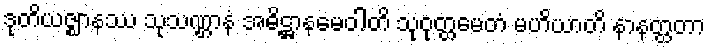
ဒုတိယဇ္ဈာနဿ သုသဏ္ဌာနံ အဓိဋ္ဌာနမေဝါတိ သုဝုတ္တမေတံ မဟိယာတိ နာနတ္ထတာ